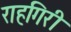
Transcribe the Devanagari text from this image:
राहगिरी